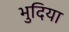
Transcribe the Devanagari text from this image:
भुदिया